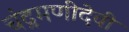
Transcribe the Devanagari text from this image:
चंद्रमणीदेवी